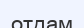
отдам